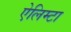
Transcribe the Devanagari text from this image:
ऐलिम्टा